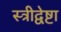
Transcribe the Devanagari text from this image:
स्त्रीद्वेष्टा